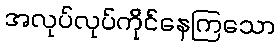
အလုပ်လုပ်ကိုင်နေကြသော